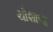
ચૌશાળા